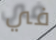
في